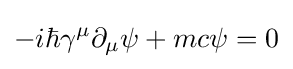
-i\hbar \gamma ^{\mu }\partial _{\mu }\psi +mc\psi =0